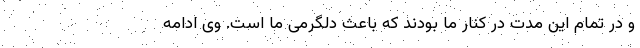
و در تمام این مدت در کنار ما بودند که باعث دلگرمی ما است. وی ادامه